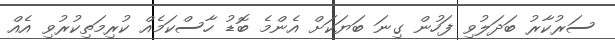
ސަރުކާރު ބަދަލުވި ފަހުން ގިނަ ބަޔަކަށް އެންމެ ބޮޑު ހާސްކަމެއް ކުރިމަތިކުރުވި އެއް